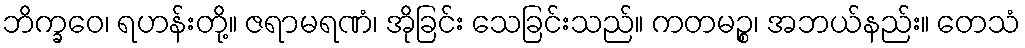
ဘိက္ခဝေ၊ ရဟန်းတို့။ ဇရာမရဏံ၊ အိုခြင်း သေခြင်းသည်။ ကတမဉ္စ၊ အဘယ်နည်း။ တေသံ